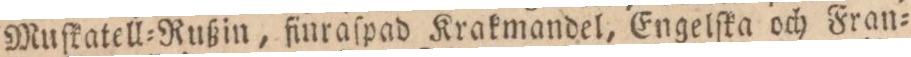
Muſkatell=Rußin, finraſpad Krakmandel, Engelſka och Fran=